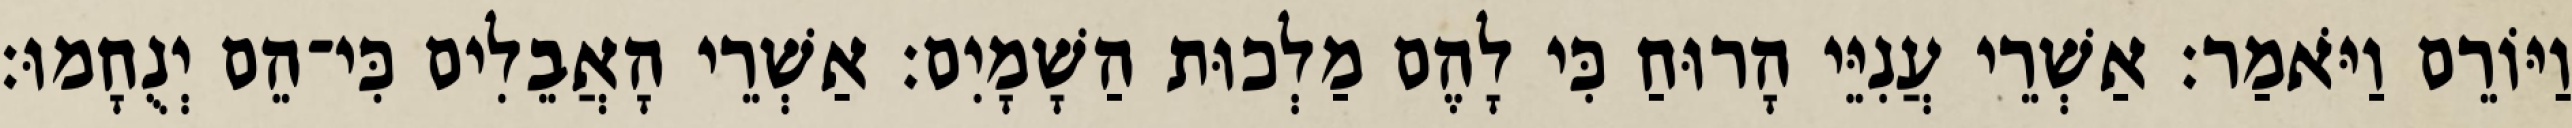
וַיּוֹרֵם וַיֹּאמַר׃ אַשְׁרֵי עֲנִיֵּי הָרוּחַ כִּי לָהֶם מַלְכוּת הַשָׁמָיִם׃ אַשְׁרֵי הָאֲבֵלִים כִּי־הֵם יְנֻחָמוּ׃